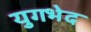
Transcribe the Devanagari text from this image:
युगभेद